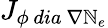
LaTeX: {J}_{\phi\ dia\ \nabla\mathbb{N}_{e}}